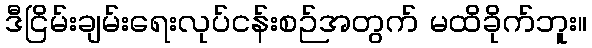
ဒီငြိမ်းချမ်းရေးလုပ်ငန်းစဉ်အတွက် မထိခိုက်ဘူး။